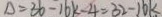
\Delta = 3 6 - 1 6 k - 4 = 3 2 - 1 6 k